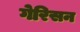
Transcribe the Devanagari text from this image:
गेरिसन